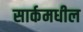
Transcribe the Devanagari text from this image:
सार्कमधील